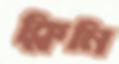
ক্লিনি